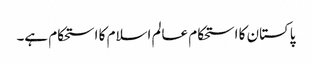
پاکستان کا استحکام عالم اسلام کا استحکام ہے۔